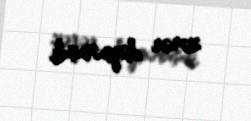
zərər dəyməmişdi.